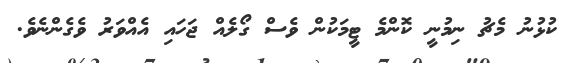
ކުޅުނު މެޗު ނިމުނީ ކޮންމެ ޓީމަކުން ވެސް ގޯލެއް ޖަހައި އެއްވަރު ވެގެންނެވެ.